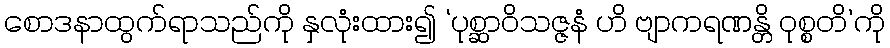
စောဒနာထွက်ရာသည်ကို နှလုံးထား၍ ‘ပုစ္ဆာဝိသဇ္ဇနံ ဟိ ဗျာကရဏန္တိ ဝုစ္စတိ’ကို